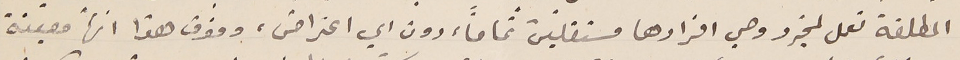
المطلقة تعمل لمجرّد وحي افرادها مستقلّين تماماً، دون اي اعتراض، وفوق هذا انها معيّنة